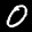
Label: 0